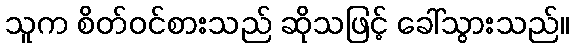
သူက စိတ်ဝင်စားသည် ဆိုသဖြင့် ခေါ်သွားသည်။